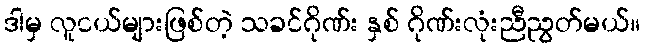
ဒါမှ လူငယ်များဖြစ်တဲ့ သခင်ဂိုဏ်း နှစ် ဂိုဏ်းလုံးညီညွတ်မယ်။